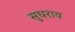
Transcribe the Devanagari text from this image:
सुधराव